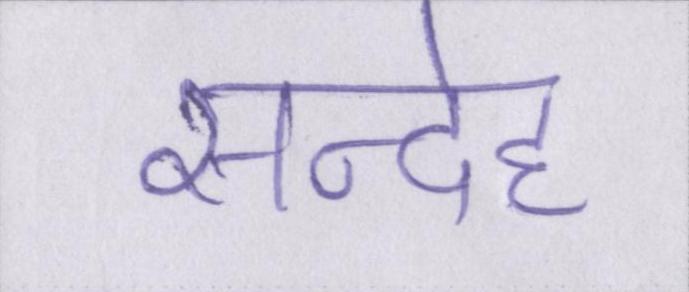
सन्देह